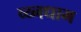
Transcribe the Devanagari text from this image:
व्य्नधाम